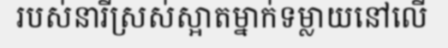
របស់នារីស្រស់ស្អាតម្នាក់ទម្លាយនៅលើ